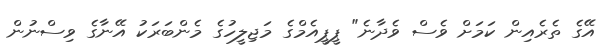
އޭގެ ތެރެއިން ކަމަށް ވެސް ވެދާނެ" ޕީޕީއެމްގެ މަޖިލީހުގެ މެންބަރަކު އޭނާގެ ވިސްނުން